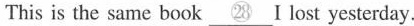
This is the same book\underline{㉘} i lost yesterday.